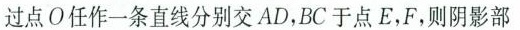
过点O任作一条直线分别交AD，BC于点E，F，则阴影部